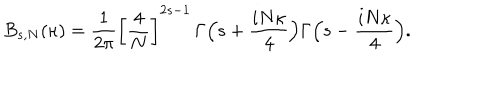
LaTeX: B _ { s , N } ( \kappa ) = \frac { 1 } { 2 \pi } \left[ \frac { 4 } { N } \right] ^ { 2 s - 1 } \, \Gamma \Bigl ( s + \frac { i N \kappa } { 4 } \Bigr ) \Gamma \Bigl ( s - \frac { i N \kappa } { 4 } \Bigr ) .